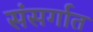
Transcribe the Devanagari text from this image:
संसर्गात